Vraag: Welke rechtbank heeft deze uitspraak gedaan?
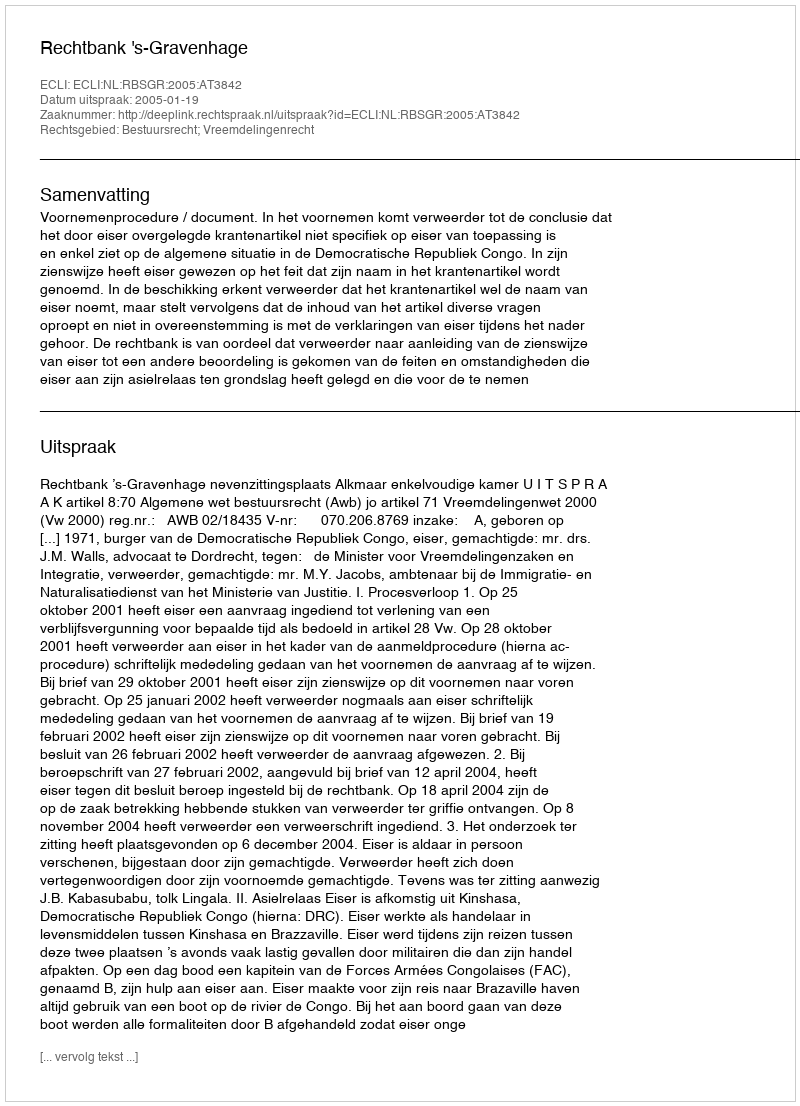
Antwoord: Rechtbank 's-Gravenhage